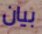
بيان